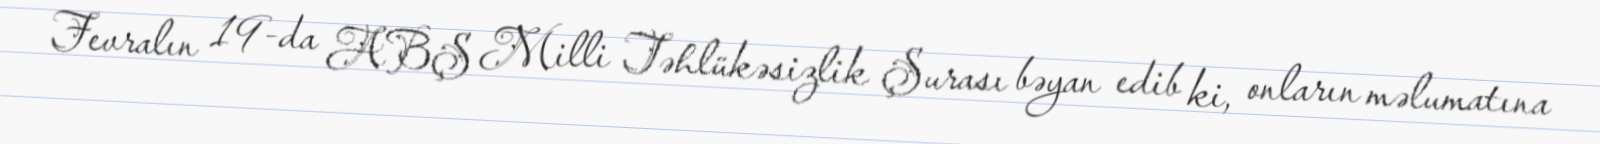
Fevralın 19-da ABŞ Milli Təhlükəsizlik Şurası bəyan edib ki, onların məlumatına